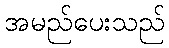
အမည်ပေးသည်